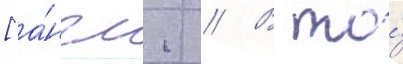
[а́нгл. // В то́